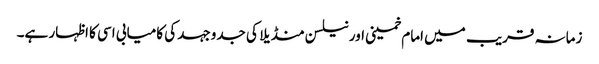
زمانہ قریب میں امام خمینی اور نیلسن منڈیلا کی جدوجہد کی کامیابی اسی کا اظہار ہے۔